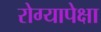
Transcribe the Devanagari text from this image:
रोग्यापेक्षा